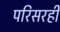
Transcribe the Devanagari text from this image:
परिसरही